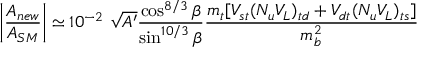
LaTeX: \bigg | { \frac { { \cal A } _ { n e w } } { { \cal A } _ { S M } } } \bigg | \simeq 1 0 ^ { - 2 } \ \sqrt { A ^ { \prime } } { \frac { \cos ^ { 8 / 3 } \beta } { \sin ^ { 1 0 / 3 } \beta } } { \frac { m _ { t } [ V _ { s t } ( N _ { u } V _ { L } ) _ { t d } + V _ { d t } ( N _ { u } V _ { L } ) _ { t s } ] } { m _ { b } ^ { 2 } } }